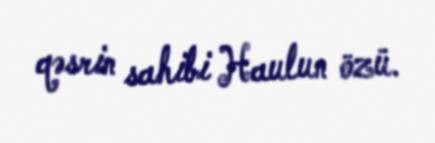
qəsrin sahibi Haulun özü.